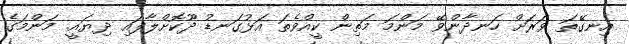
އިނގޭތަ ވަރަށް ހަނދާންވޭ މަންމަ މަތިން ކީއްވެތަ އަޅުގަނޑު ދޫކޮށްލާފައި ދިޔައީ. މަންމަގެ